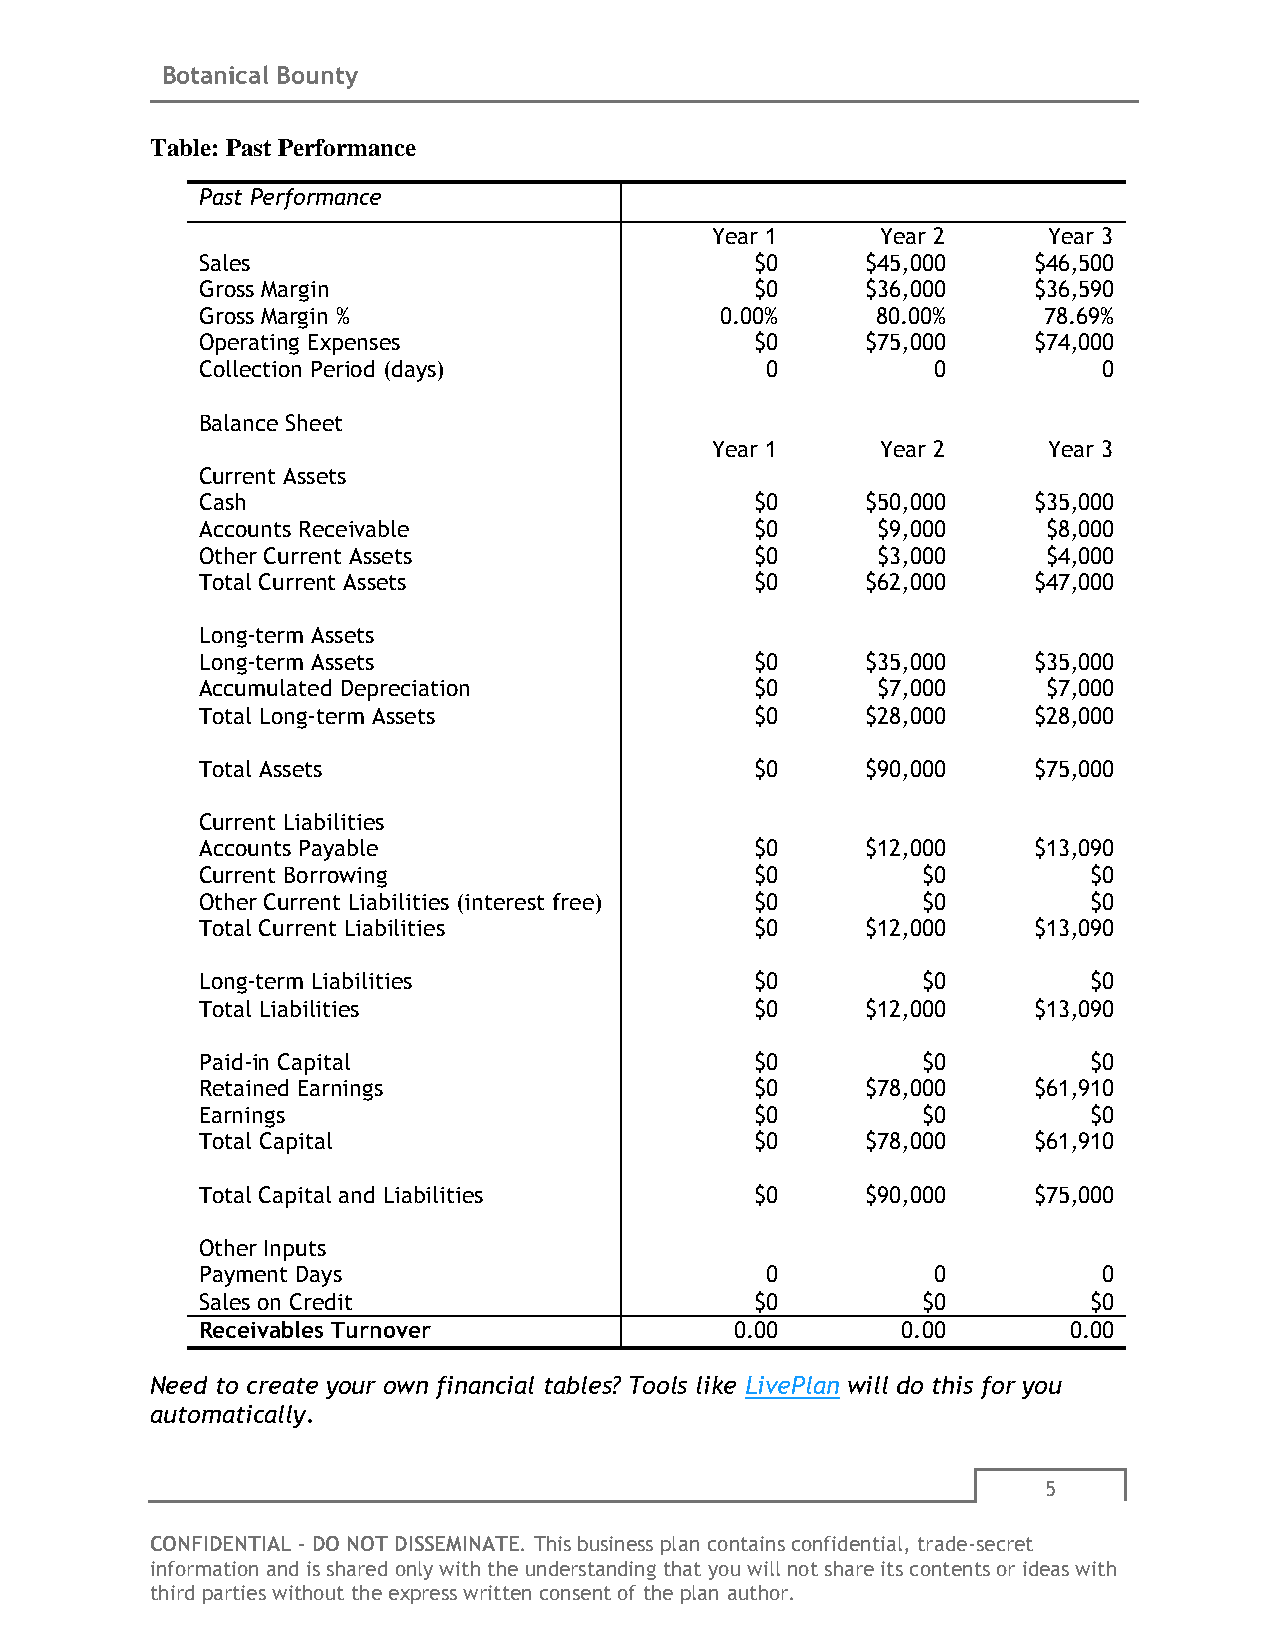
Botanical Bounty
 Table: Past Performance
 Past Performance
 Year 1     Year 2     Year 3
 Sales                                $0     $45,000    $46,500
 Gross Margin                         $0     $36,000    $36,590
 Gross Margin %                     0.00%     80.00%     78.69%
 Operating Expenses                   $0     $75,000    $74,000
 Collection Period (days)              0          0          0
 Balance Sheet
 Year 1     Year 2     Year 3
 Current Assets
 Cash                                 $0     $50,000    $35,000
 Accounts Receivable                  $0      $9,000     $8,000
 Other Current Assets                 $0      $3,000     $4,000
 Total Current Assets                 $0     $62,000    $47,000
 Long-term Assets
 Long-term Assets                     $0     $35,000    $35,000
 Accumulated Depreciation             $0      $7,000     $7,000
 Total Long-term Assets               $0     $28,000    $28,000
 Total Assets                         $0     $90,000    $75,000
 Current Liabilities
 Accounts Payable                     $0     $12,000    $13,090
 Current Borrowing                    $0         $0         $0
 Other Current Liabilities (interest free) $0    $0         $0
 Total Current Liabilities            $0     $12,000    $13,090
 Long-term Liabilities                $0         $0         $0
 Total Liabilities                    $0     $12,000    $13,090
 Paid-in Capital                      $0         $0         $0
 Retained Earnings                    $0     $78,000    $61,910
 Earnings                             $0         $0         $0
 Total Capital                        $0     $78,000    $61,910
 Total Capital and Liabilities        $0     $90,000    $75,000
 Other Inputs
 Payment Days                          0          0          0
 Sales on Credit                      $0         $0         $0
 Receivables Turnover                0.00       0.00       0.00
 Need to create your own financial tables? Tools like LivePlan will do this for you
 automatically.
 5
 CONFIDENTIAL - DO NOT DISSEMINATE. This business plan contains confidential, trade-secret
 information and is shared only with the understanding that you will not share its contents or ideas with
 third parties without the express written consent of the plan author.